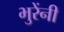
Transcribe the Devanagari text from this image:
भुरेंनी